Report on sanitation, dispensaries, and jails in Rajputana for 1921, and on vaccination for the year 1921-1922 - 1921-1922
Year: 1921
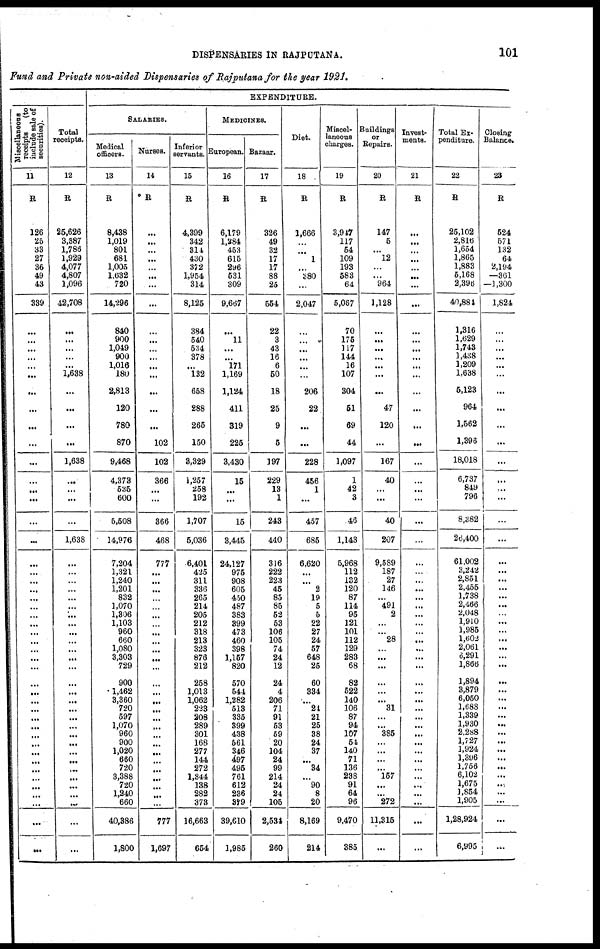
DISPENSARIES IN RAJPUTANA.
101
Fund and Private non-aided Dispensaries of Rajputana for the year 1921.
Miscellaneous
receipts
(to
include sale of
securities).
11
R
126
25
33
27
36
49
43
339
...
...
...
...
...
...
...
...
...
...
...
...
...
...
...
...
...
...
...
...
...
...
...
...
...
...
...
...
...
...
...
...
...
...
...
...
...
...
...
...
...
...
...
...
...
...
Total
receipts.
12
R
25,626
3,387
1,786
1,929
4,077
4,807
1,096
42,708
...
...
...
...
...
1,638
...
...
...
...
1,638
...
...
...
...
1,638
...
...
...
...
...
...
...
...
...
...
...
...
...
...
...
...
...
...
...
...
...
...
...
...
...
...
...
...
...
...
EXPENDITURE.
SALARIES.
Medical
officers.
13
R
8,438
1,019
801
681
1,005
1,632
720
14,296
840
900
1,049
900
1,016
180
2,813
120
780
870
9,468
4,373
635
600
5,508
14,976
7,204
1,321
1,240
1,201
832
1,070
1,306
1,103
960
660
1,080
3,303
729
900
1,462
3,360
720
597
1,070
960
900
1,020
660
720
3,388
720
1,240
660
40,386
1,800
Nurses.
14
R
...
...
...
...
...
...
...
...
...
...
...
...
...
...
...
...
...
102
102
366
...
...
366
468
777
...
...
...
...
...
...
...
...
...
...
...
...
...
...
...
...
...
...
...
...
...
...
...
...
...
...
...
777
1,697
Inferior
servants.
15
R
4,399
342
314
430
372
1,954
314
8,125
384
540
534
378
...
132
658
288
265
150
3,329
1,257
258
192
1,707
5,036
6,401
425
311
336
265
214
205
212
318
213
323
876
212
258
1,013
1,062
223
208
289
301
168
277
144
272
1,344
138
282
373
16,663
654
MEDICINES.
European.
16
R
6,179
1,284
453
615
296
531
309
9,667
...
11
...
...
171
1,169
1,124
411
319
225
3,430
15
...
...
15
3,445
24,127
975
908
605
450
487
383
399
473
460
398
1,157
820
570
544
1,282
513
335
399
438
561
346
497
495
761
612
236
879
39,610
1,985
Bazaar.
17
R
326
49
32
17
17
88
25
554
22
3
43
16
6
50
18
25
9
5
197
229
13
1
243
440
316
222
223
45
85
85
52
53
106
105
74
24
12
24
4
206
71
91
53
59
20
104
24
99
214
24
24
105
2,534
260
Diet.
18
R
1,666
...
...
1
...
380
...
2,047
...
...
...
...
...
...
206
22
...
...
228
456
1
...
457
685
6,620
...
...
2
19
5
5
22
27
24
57
648
25
60
334
...
24
21
25
38
24
37
...
34
...
90
8
20
8,169
214
Miscel-
laneous
charges.
19
R
3,917
117
54
109
193
583
64
5,067
70
175
117
144
16
107
304
51
69
44
1,097
1
42
3
46
1,143
5,968
112
132
120
87
114
95
121
101
112
129
283
68
82
522
140
106
87
94
107
54
140
71
136
238
91
64
96
9,470
385
Buildings
or
Repairs.
20
R
147
5
...
12
...
...
964
1,128
...
...
...
...
...
...
...
47
120
...
167
40
...
...
40
207
9,589
187
27
146
...
491
2
...
...
28
...
...
...
...
...
...
31
...
...
385
...
...
...
...
157
...
...
272
11,315
...
Invest-
ments.
21
R
...
...
...
...
...
...
...
...
...
...
...
...
...
...
...
...
...
...
...
...
...
...
...
...
...
...
...
...
...
...
...
...
...
...
...
...
...
...
...
...
...
...
...
...
...
...
...
...
...
...
...
...
...
...
Total Ex-
penditure.
22
R
25,102
2,816
1,654
1,865
1,883
5,168
2,396
40,884
1,316
1,629
1,743
1,438
1,209
1,638
5,123
964
1,562
1,396
18,018
6,737
849
796
8,382
26,400
61,002
3,242
2,851
2,455
1,738
2,466
2,048
1,910
1,985
1,602
2,061
6,291
1,866
1,894
3,879
6,050
1,688
1,339
1,930
2,288
1,727
1,924
1,396
1,756
6,102
1,675
1,854
1,905
1,28,924
6,995
Closing
Balance.
23
R
524
571
132
64
2,194
—361
—1,300
1,824
...
...
...
...
...
...
...
...
...
...
...
...
...
...
...
...
...
...
...
...
...
...
...
...
...
...
...
...
...
...
...
...
...
...
...
...
...
...
...
...
...
...
...
...
...
...